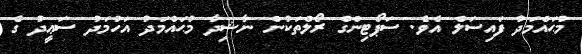
މުޙައްމަދު ފައިސަލް އެވެ. ސަޕޯޓިންގް ރޯލްތަކުން ނާޝިދާ މުޙައްމަދު އަހުމަދު ސަޢީދު ގެ